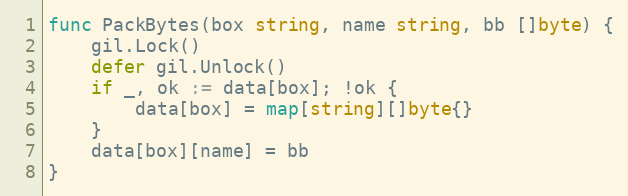
Language: Go
func PackBytes(box string, name string, bb []byte) {
	gil.Lock()
	defer gil.Unlock()
	if _, ok := data[box]; !ok {
		data[box] = map[string][]byte{}
	}
	data[box][name] = bb
}